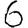
Digit: 6